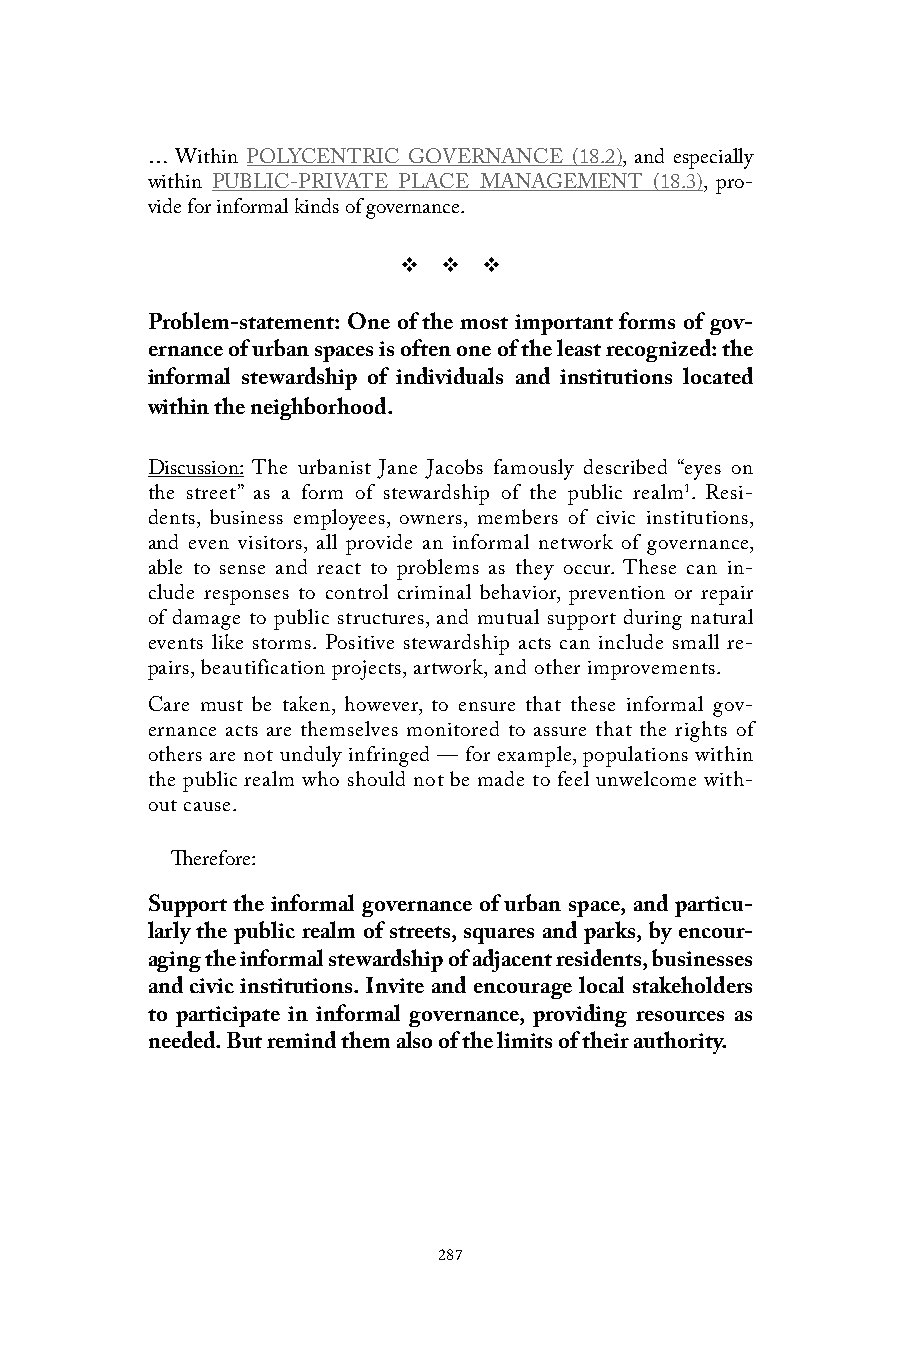
… Within POLYCENTRIC GOVERNANCE (18.2), and especially
 within PUBLIC-PRIVATE PLACE MANAGEMENT (18.3), pro-
 vide for informal kinds of governance.
 v  v  v
 Problem-statement: One of the most important forms of gov-
 ernance of urban spaces is often one of the least recognized: the
 informal stewardship of individuals and institutions located
 within the neighborhood.
 Discussion: The urbanist Jane Jacobs famously described “eyes on
 the street” as a form of stewardship of the public realm1. Resi-
 dents, business employees, owners, members of civic institutions,
 and even visitors, all provide an informal network of governance,
 able to sense and react to problems as they occur. These can in-
 clude responses to control criminal behavior, prevention or repair
 of damage to public structures, and mutual support during natural
 events like storms. Positive stewardship acts can include small re-
 pairs, beautification projects, artwork, and other improvements.
 Care must be taken, however, to ensure that these informal gov-
 ernance acts are themselves monitored to assure that the rights of
 others are not unduly infringed — for example, populations within
 the public realm who should not be made to feel unwelcome with-
 out cause.
 Therefore:
 Support the informal governance of urban space, and particu-
 larly the public realm of streets, squares and parks, by encour-
 aging the informal stewardship of adjacent residents, businesses
 and civic institutions. Invite and encourage local stakeholders
 to participate in informal governance, providing resources as
 needed. But remind them also of the limits of their authority.
 287